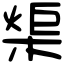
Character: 㮡